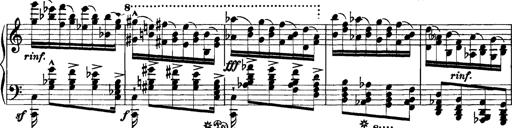
Title: Grandes Etudes
Composer: Franz Liszt